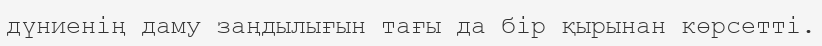
дүниенің даму заңдылығын тағы да бір қырынан көрсетті.